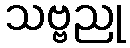
သဗ္ဗညု